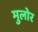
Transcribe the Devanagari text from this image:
मुलोर